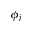
\phi _ { j }